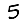
Digit: 5